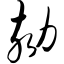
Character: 劾